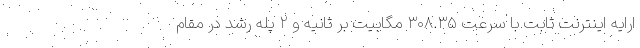
ارایه اینترنت ثابت با سرعت ۳۰۸.۳۵ مگابیت بر ثانیه و ۲ پله رشد در مقام